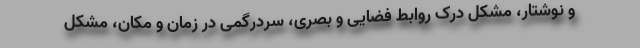
و نوشتار، مشکل درک روابط فضایی و بصری، سردرگمی در زمان و مکان، مشکل